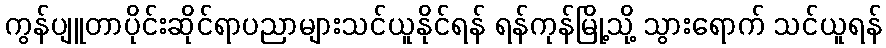
ကွန်ပျူတာပိုင်းဆိုင်ရာပညာများသင်ယူနိုင်ရန် ရန်ကုန်မြို့သို့ သွားရောက် သင်ယူရန်